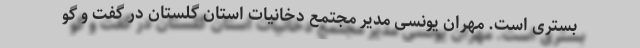
بستری است. مهران یونسی مدیر مجتمع دخانیات استان گلستان در گفت و گو